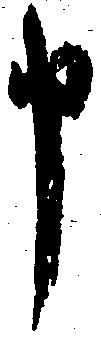
申